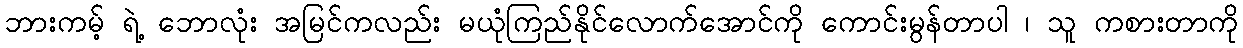
ဘားကမ့် ရဲ့ ဘောလုံး အမြင်ကလည်း မယုံကြည်နိုင်လောက်အောင်ကို ကောင်းမွန်တာပါ ၊ သူ ကစားတာကို